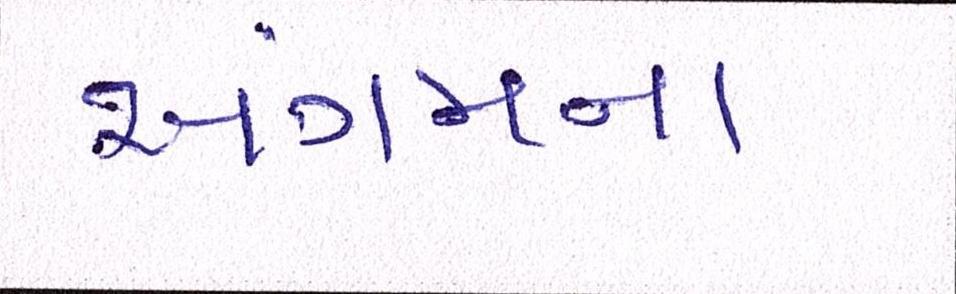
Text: અંગમનાં